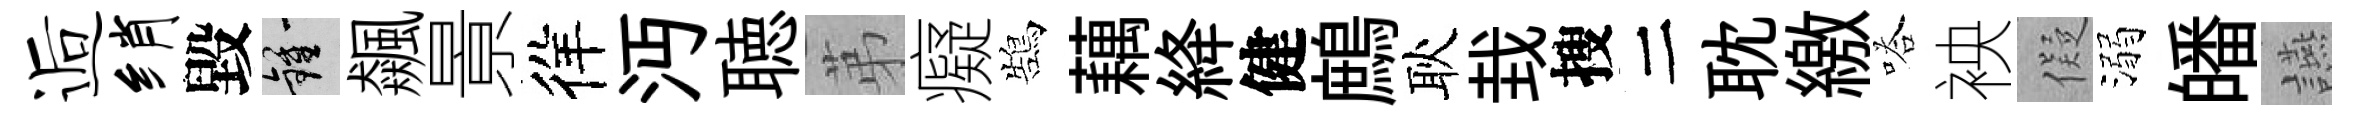
逅绡毀鍾飆㬌徉沔聴苐癡鵠藕絳健鷓耿㘽搜二耽繳嗒䘧儗溺皤讌